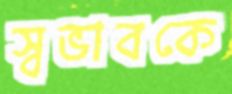
স্বভাবকে